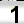
Digit: 1